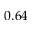
0 . 6 4